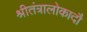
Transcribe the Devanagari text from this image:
श्रीतंत्रालोकादौ